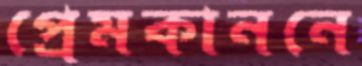
প্রেমকাননে